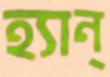
হ্যান্